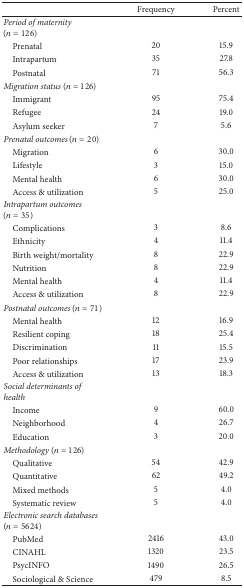
<table><thead><tr><td><b> </b></td><td><b>Frequency</b></td><td><b>Percent</b></td></tr></thead><tbody><tr><td><i>Period of maternity </i>(<i>n</i> = 126)</td><td> </td><td> </td></tr><tr><td> Prenatal</td><td>20</td><td>15.9</td></tr><tr><td> Intrapartum</td><td>35</td><td>27.8</td></tr><tr><td> Postnatal</td><td>71</td><td>56.3</td></tr><tr><td><i>Migration status </i>(<i>n</i> = 126)</td><td> </td><td> </td></tr><tr><td> Immigrant</td><td>95</td><td>75.4</td></tr><tr><td> Refugee</td><td>24</td><td>19.0</td></tr><tr><td> Asylum seeker</td><td>7</td><td>5.6</td></tr><tr><td><i>Prenatal outcomes </i>(<i>n</i> = 20)</td><td> </td><td> </td></tr><tr><td> Migration</td><td>6</td><td>30.0</td></tr><tr><td> Lifestyle</td><td>3</td><td>15.0</td></tr><tr><td> Mental health</td><td>6</td><td>30.0</td></tr><tr><td> Access &amp; utilization</td><td>5</td><td>25.0</td></tr><tr><td><i>Intrapartum outcomes </i>(<i>n</i> = 35)</td><td> </td><td> </td></tr><tr><td> Complications</td><td>3</td><td>8.6</td></tr><tr><td> Ethnicity</td><td>4</td><td>11.4</td></tr><tr><td> Birth weight/mortality</td><td>8</td><td>22.9</td></tr><tr><td> Nutrition</td><td>8</td><td>22.9</td></tr><tr><td> Mental health</td><td>4</td><td>11.4</td></tr><tr><td> Access &amp; utilization</td><td>8</td><td>22.9</td></tr><tr><td><i>Postnatal outcomes </i>(<i>n</i> = 71)</td><td> </td><td> </td></tr><tr><td> Mental health</td><td>12</td><td>16.9</td></tr><tr><td> Resilient coping</td><td>18</td><td>25.4</td></tr><tr><td> Discrimination</td><td>11</td><td>15.5</td></tr><tr><td> Poor relationships</td><td>17</td><td>23.9</td></tr><tr><td> Access &amp; utilization</td><td>13</td><td>18.3</td></tr><tr><td><i>Social determinants of health</i></td><td> </td><td> </td></tr><tr><td> Income</td><td>9</td><td>60.0</td></tr><tr><td> Neighborhood</td><td>4</td><td>26.7</td></tr><tr><td> Education</td><td>3</td><td>20.0</td></tr><tr><td><i>Methodology </i>(<i>n</i> = 126)</td><td> </td><td> </td></tr><tr><td> Qualitative</td><td>54</td><td>42.9</td></tr><tr><td> Quantitative</td><td>62</td><td>49.2</td></tr><tr><td> Mixed methods</td><td>5</td><td>4.0</td></tr><tr><td> Systematic review</td><td>5</td><td>4.0</td></tr><tr><td><i>Electronic search databases </i>(<i>n</i> = 5624)</td><td> </td><td> </td></tr><tr><td> PubMed</td><td>2416</td><td>43.0</td></tr><tr><td> CINAHL</td><td>1320</td><td>23.5</td></tr><tr><td> PsycINFO</td><td>1490</td><td>26.5</td></tr><tr><td> Sociological &amp; Science</td><td>479</td><td>8.5</td></tr></tbody></table>